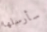
سأرسلها